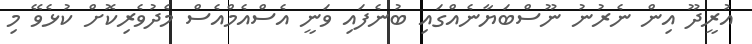
އުރީދޫ އިން ނެރުނު ނޫސްބަޔާނެއްގައި ބުނެފައި ވަނީ އެސްއެމްއެސް މެދުވެރިކޮށް ކުޅެވޭ މި